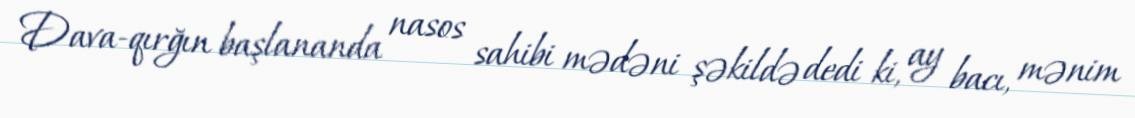
Dava-qırğın başlananda nasos sahibi mədəni şəkildə dedi ki, ay bacı, mənim